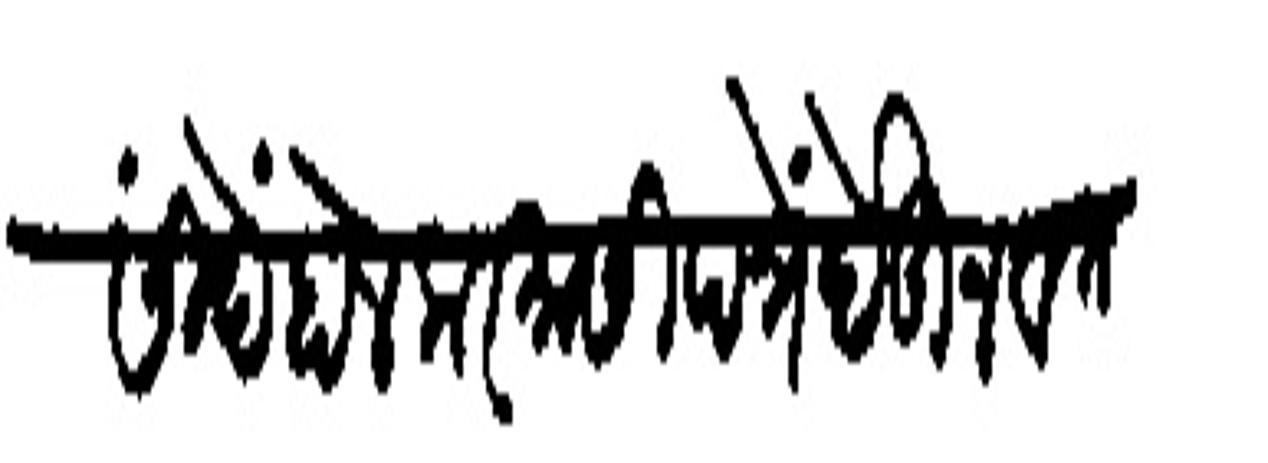
Transliteration (Devanagari): सिंदे होलकर यासी पत्रे देऊन वत